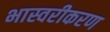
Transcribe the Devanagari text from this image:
भास्वरीकरण